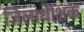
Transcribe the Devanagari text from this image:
जिलाधीक्षक